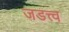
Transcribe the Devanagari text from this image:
जडत्त्व